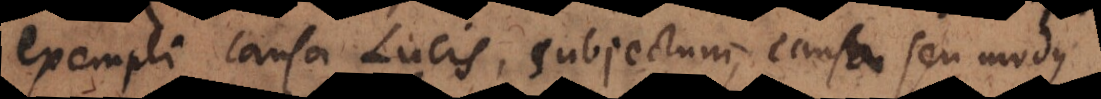
exempli causa Lucis, subjectum, causa seu modus